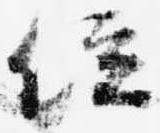
位